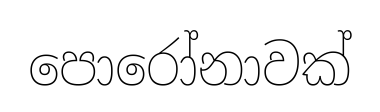
පොරෝනාවක්